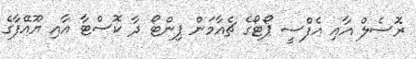
ރޮސެލް އާއި އެފްސީ ޕޯޓޯގެ ޗެއާމަން ޕިންޓޯ ދާ ކޮސްޓާ އާއި ޔޫއޭފާގެ